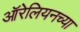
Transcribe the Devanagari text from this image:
ऑरेलियनच्या